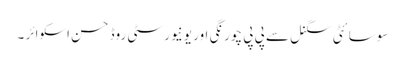
سوسا ئٹی سگنل سے پی پی چورنگی اور یونیورسٹی روڈ حسن اسکوائر ۔